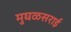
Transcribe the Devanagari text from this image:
मुघळसराई